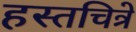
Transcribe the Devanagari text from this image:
हस्तचित्रे